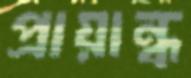
প্রায়ান্ধ